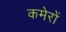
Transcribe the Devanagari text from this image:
कमेरों